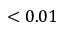
< 0 . 0 1